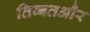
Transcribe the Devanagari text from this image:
तिब्बतऔर